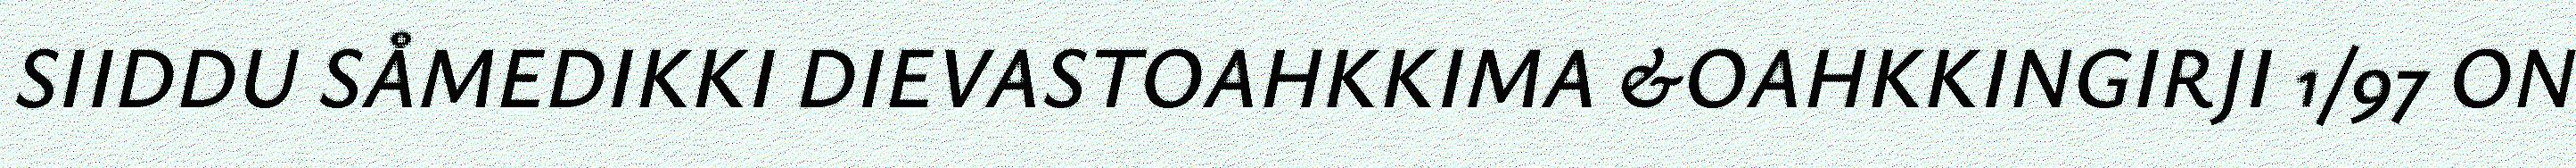
SIIDDU SÅMEDIKKI DIEVASTOAHKKIMA &OAHKKINGIRJI 1/97 ON